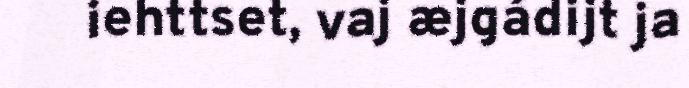
iehttset, vaj æjgádijt ja